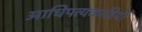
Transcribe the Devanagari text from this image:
आधिपत्यकारियों